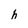
Character: h